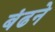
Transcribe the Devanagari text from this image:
बंढने